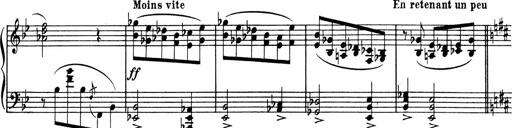
Title: Sonatine pour piano
Composer: Albert Roussel